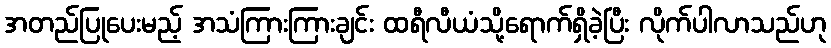
အတည်ပြုပေးမည့် အသံကြားကြားချင်း ထရီလီယံသို့ရောက်ရှိခဲ့ပြီး လိုက်ပါလာသည်ဟု